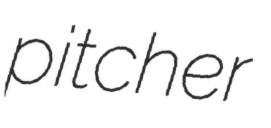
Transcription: pitcher